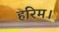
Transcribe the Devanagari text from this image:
हरिम।